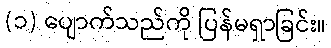
(၁) ပျောက်သည်ကို ပြန်မရှာခြင်း။